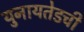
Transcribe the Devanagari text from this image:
युनायतेडची